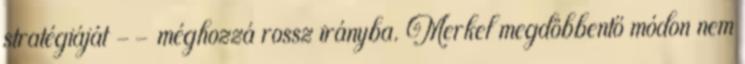
stratégiáját -- méghozzá rossz irányba. Merkel megdöbbentő módon nem